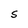
Character: S